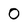
Character: O